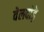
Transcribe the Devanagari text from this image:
वेलदोड़े